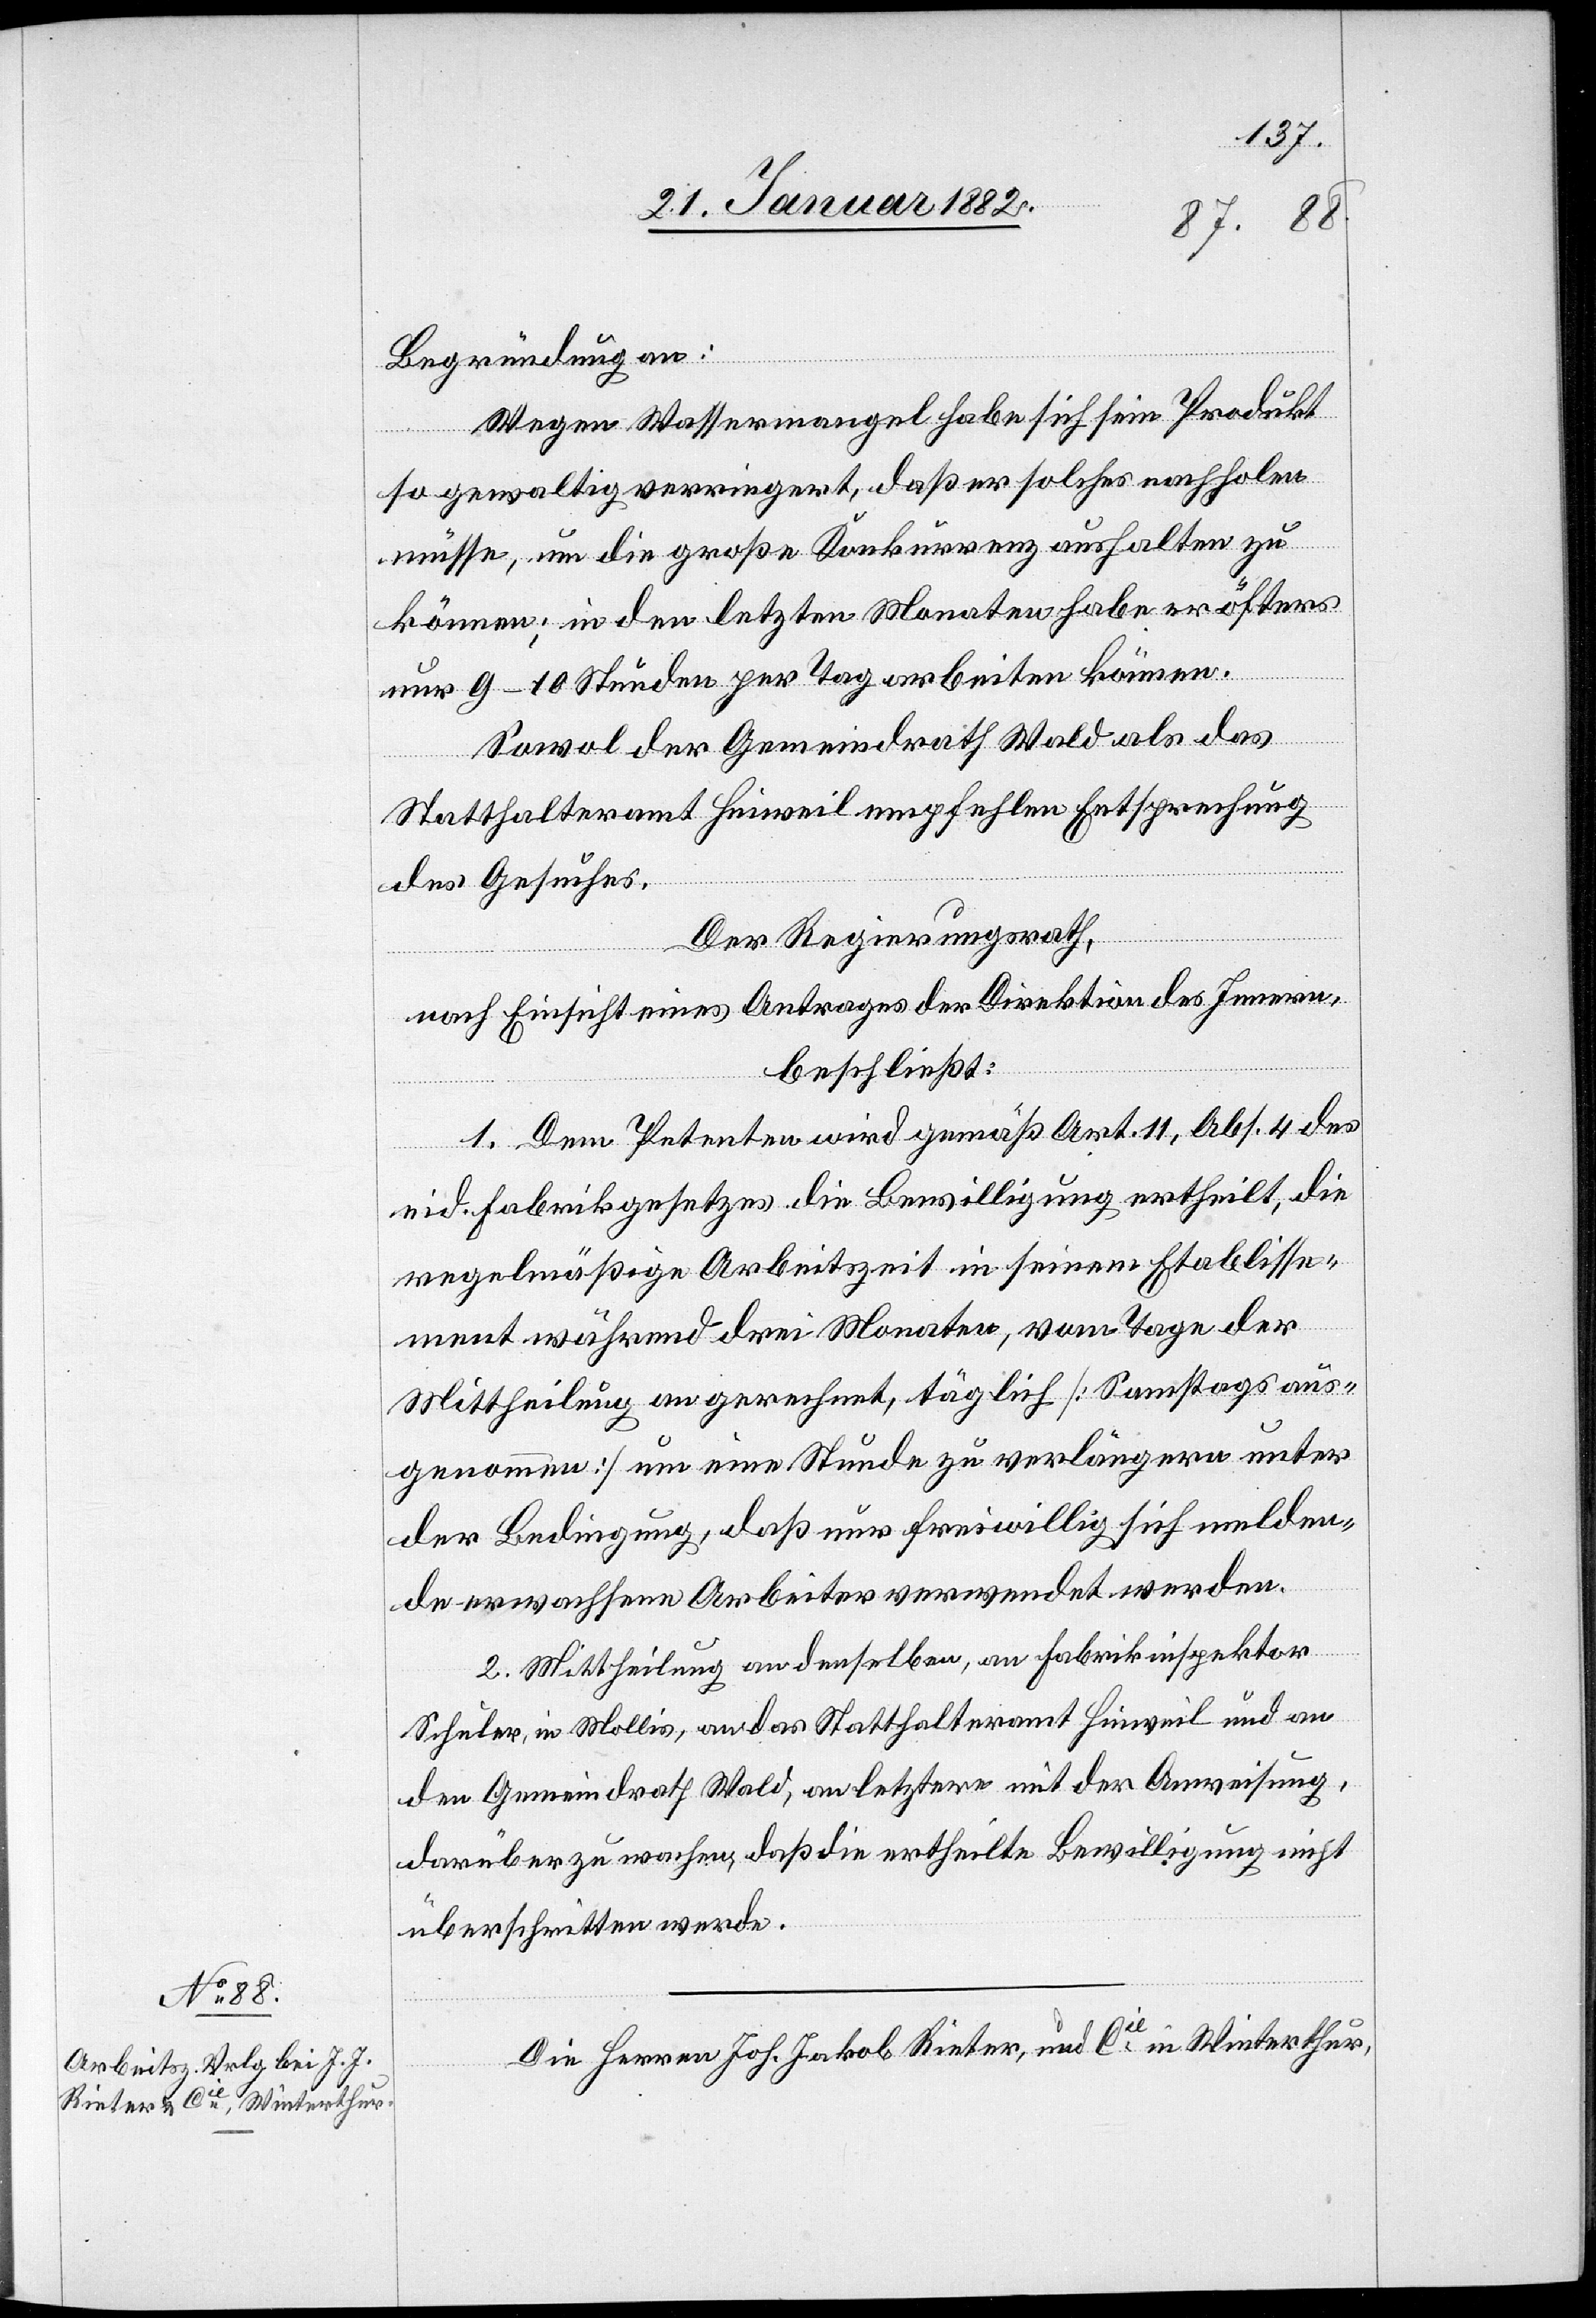
Begründung an:
Wegen Wassermangel habe sich sein Produkt
so gewaltig verringert, daß er solches nachholen
müsse, um die große Konkurrenz aufhalten zu
können; in den letzten Monaten habe er öfters
nur 9–10 Stunden per Tag arbeiten können.
Sowol der Gemeindrath Wald als das
Statthalteramt Hinweil empfehlen Entsprechung
des Gesuches.
Der Regierungsrath,
nach Einsicht eines Antrages der Direktion des Innern,
beschließt:
1. Dem Petenten wird gemäß Art. 11, Abs. 4 des
eid. Fabrikgesetzes die Bewilligung ertheilt, die
regelmäßige Arbeitszeit in seinem Etablisse¬
ment während drei Monaten, vom Tage der
Mittheilung an gerechnet, täglich [Samstags aus¬
genommen] um eine Stunde zu verlängern unter
der Bedingung, daß nur freiwillig sich melden¬
de erwachsene Arbeiter verwendet werden.
2. Mittheilung an denselben, an Fabrikinspektor
Schuler, in Mollis, an das Statthalteramt Hinweil und an
den Gemeindrath Wald, an letztern mit der Anweisung,
darüber zu wachen, daß die ertheilte Bewilligung nicht
überschritten werde.
Die Herren Joh. Jakob Rieter, und Cie in Winterthur,